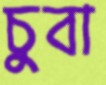
চুবা